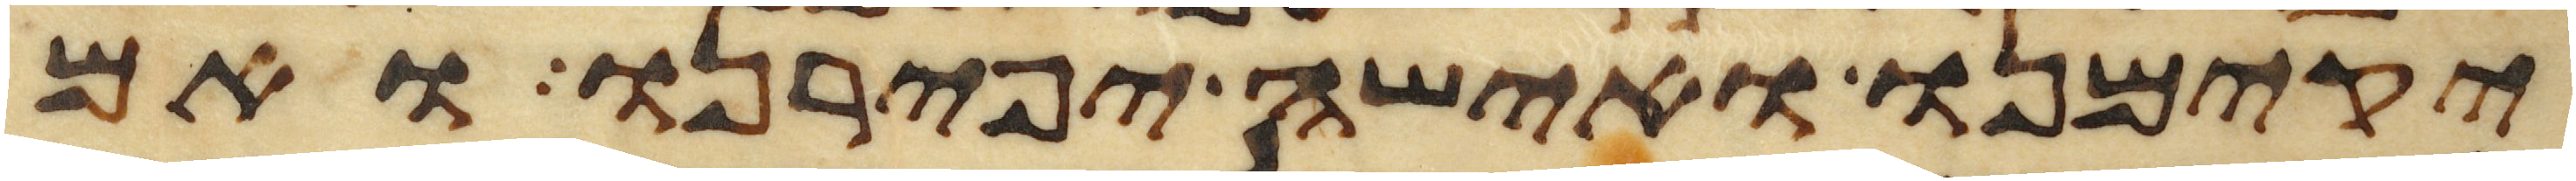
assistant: יקימנו ואישה יפירנו ואם